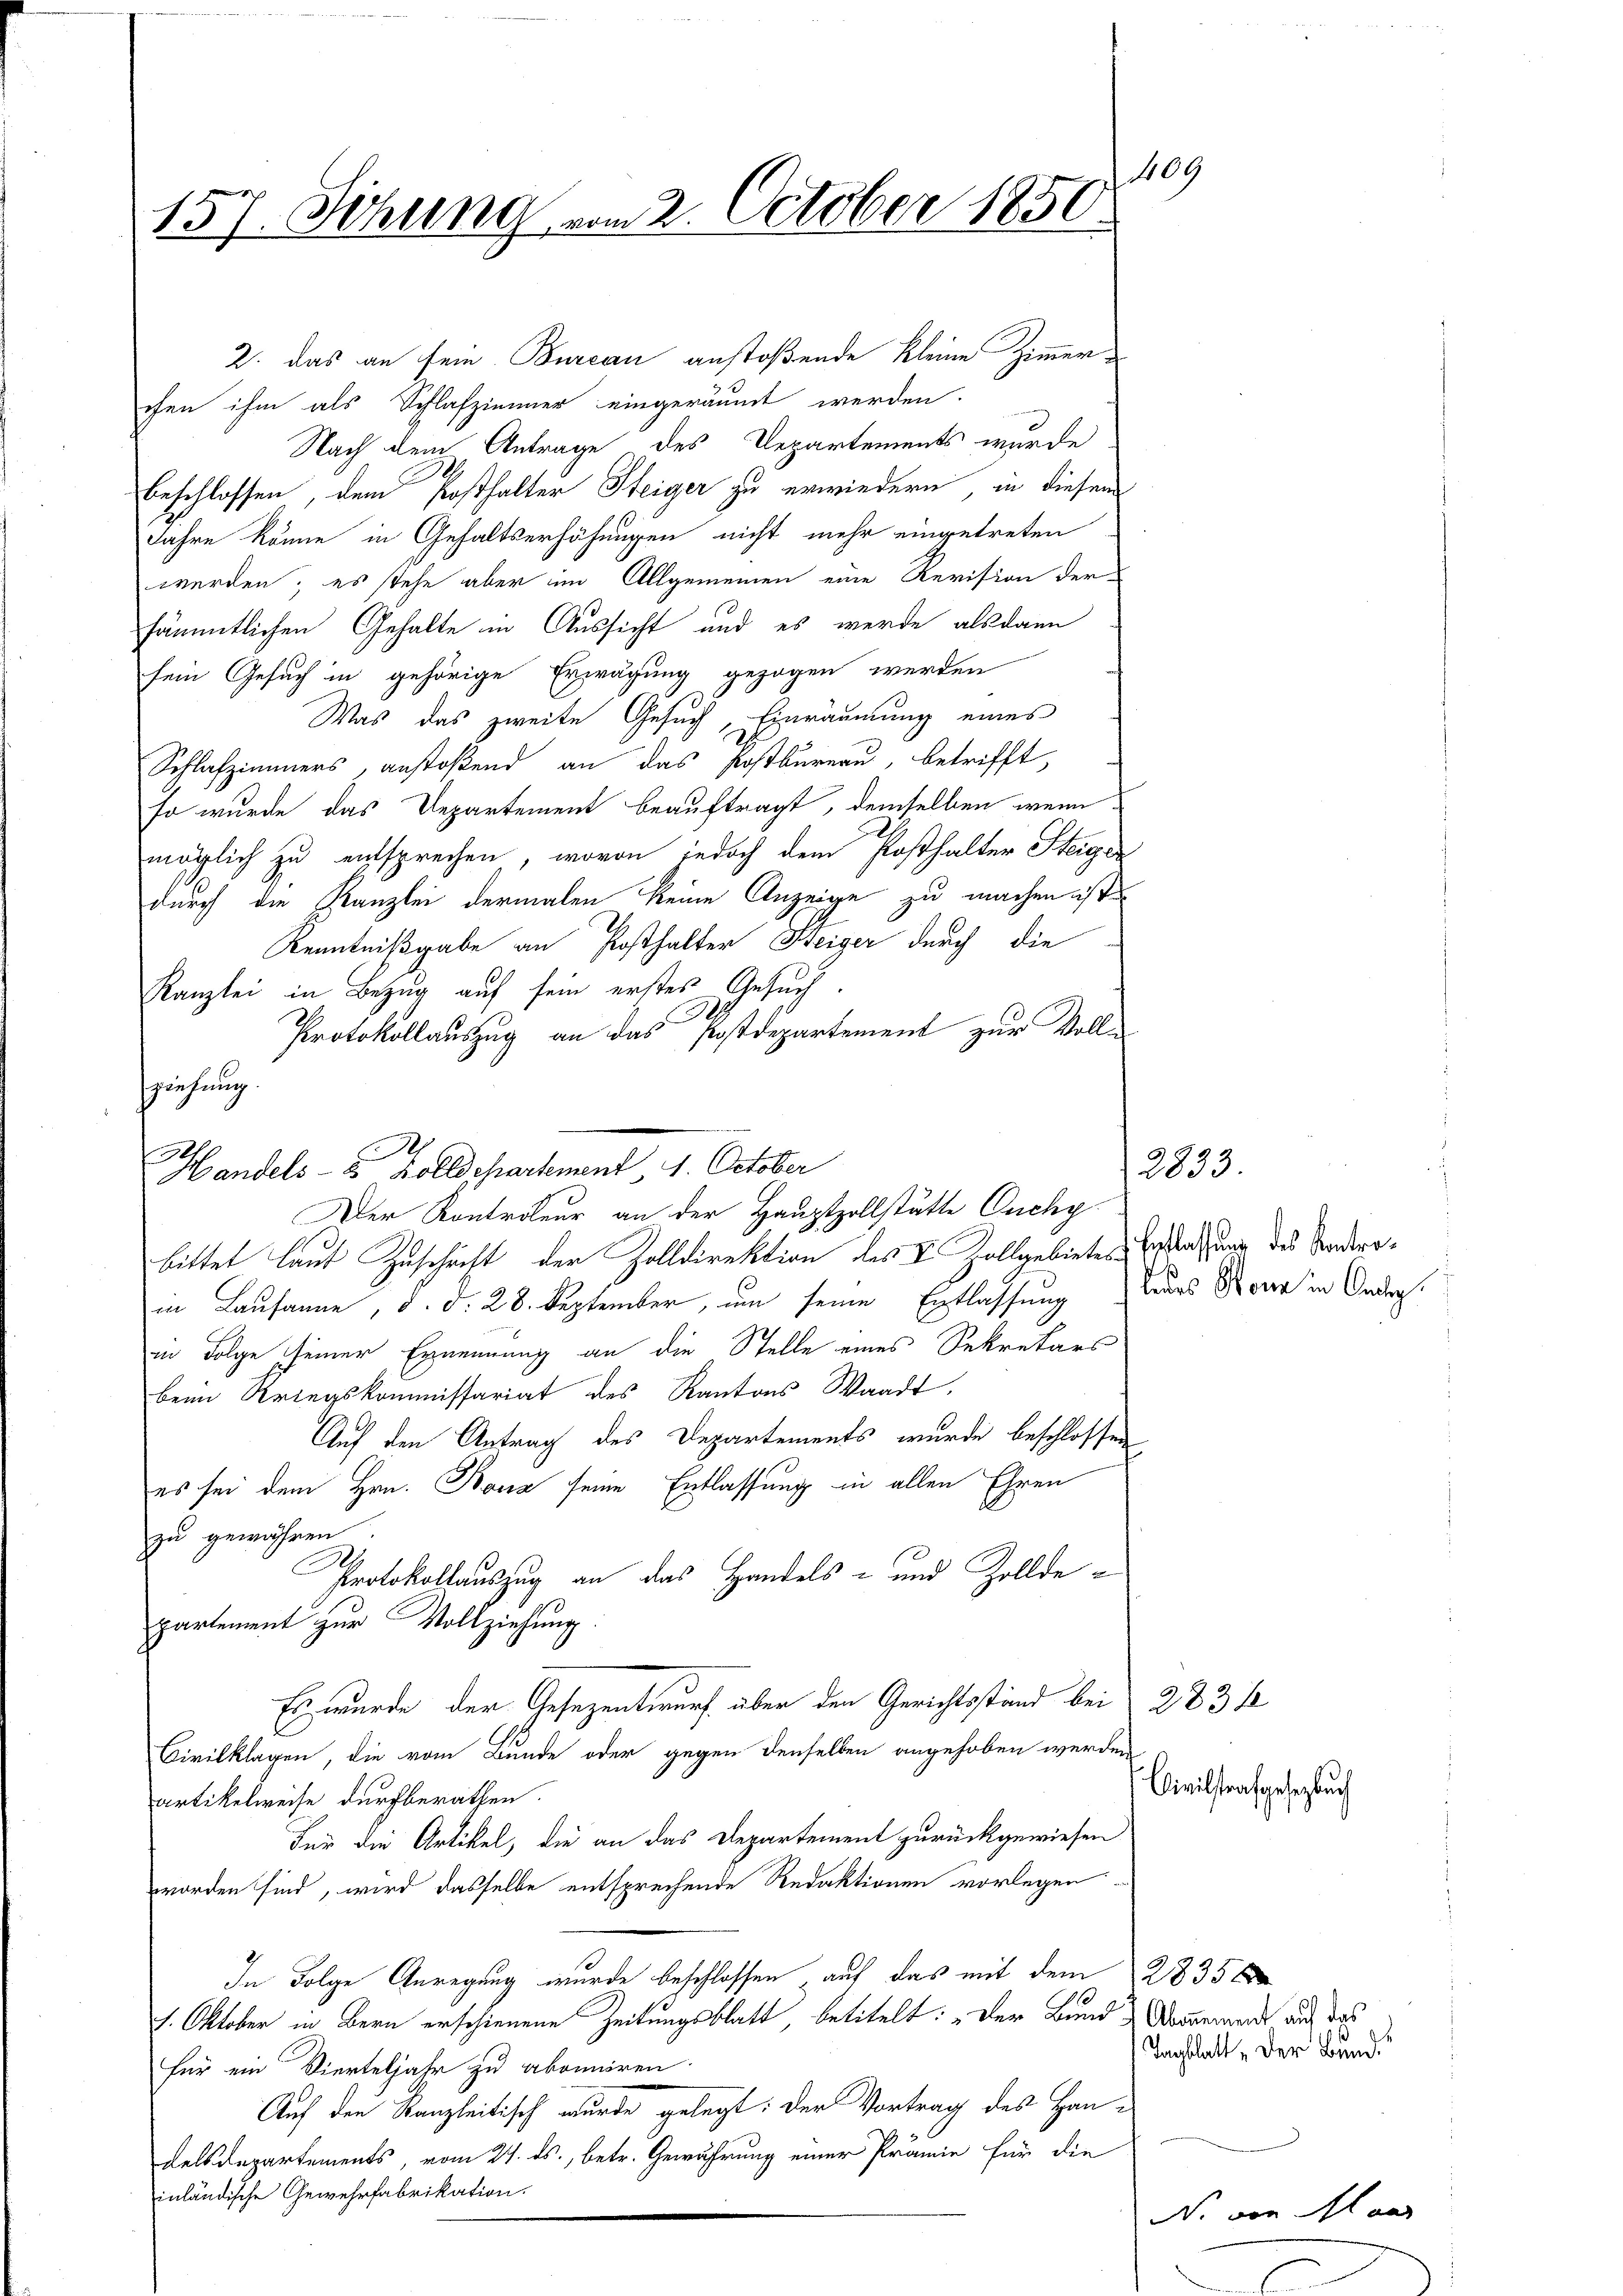
109
157. Sitzung vom 2. October 1850.

2. das an sein Bureau anstoßende kleine Zimmerchen ihm als Schlafzimmer eingeräumt werden.
Nach dem Antrage des Departements wurde
beschlossen, dem Posthalter Steiger zu erwiedern, in diesem
Jahre könne in Gehaltserhöhungen nicht mehr eingetreten
werden; es stehe aber im Allgemeinen eine Revision der
sämmtlichen Gehalte in Aussicht und es werde alsdann
sein Gesuch in gehörige Erwägung gezogen werden
Was das zweite Gesuch, Einräumung eines
Schlafzimmers, anstoßend an das Postbureau, betrifft,
so wurde das Departement beauftragt, demselben wenn
möglich zu entsprechen, wovon jedoch dem Posthalter Steiger
durch die Kanzlei dermalen keine Anzeige zu machen ist.
Kenntnißgabe an Posthalter Steiger durch die
Kanzlei in Bezug auf sein erstes Gesuch.
Protokollauszug an das Postdepartement zur Volle
bittet laut Zuschrift der Zolldirektion des I. Zollgebietes Erstenzung des Stadtrain Lausanne, d. d. 28. September, um seine Entlassung ders Krona in Anderg
in Folge seiner Ernennung an die Stelle eines Sekretärs
beim Kriegskommissariat des Kantons Waadt,
Auf den Antrag des Departements wurde beschlossen,
es sei dem Hrn. Bona seine Entlassung in allen Ehren
zu gewähren
C
Protokollauszug an das Handels- und Zolldepartement zur Vollziehung.
Es wurde der Gesezentwurf über den Gerichtsstand bei 283 f
Civilklagen, die vom Bunde oder gegen denselben angehoben werden,
artikelweise durchberathen.
Für die Artikel, die an das Departement zurückgewiesen
worden sind, wird dasselbe entsprechende Redaktionen vorlegen
In Folge Anregung wurde beschlossen, auf das mit dem 2835
1. Oktober in Bern erschienene Zeitungsblatt, betitelt: „Der Bund Domenand auf das
für ein Vierteljahr zu abonniren.
Auf den Kanzleitisch wurde gelegt: der Vortrag des Han-
delsdepartements, vom 21. ds., betr. Gewährung einer Prämie für die
inländische Gewehrfabrikation.

sziehung
Handels- & Zolldepartement 1. October
Der Kontroleur an der Hauptzollstätte Ouchy

2833.

Civilstrafgesetzbuch

N. von Maas

Tagblatt „der Bund